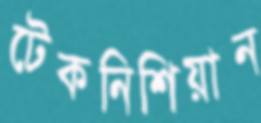
টেকনিশিয়ান